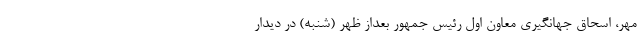
مهر، اسحاق جهانگیری معاون اول رئیس جمهور بعداز ظهر (شنبه) در دیدار